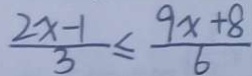
\frac { 2 x - 1 } { 3 } \leq \frac { 9 x + 8 } { 6 }